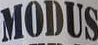
MODUS